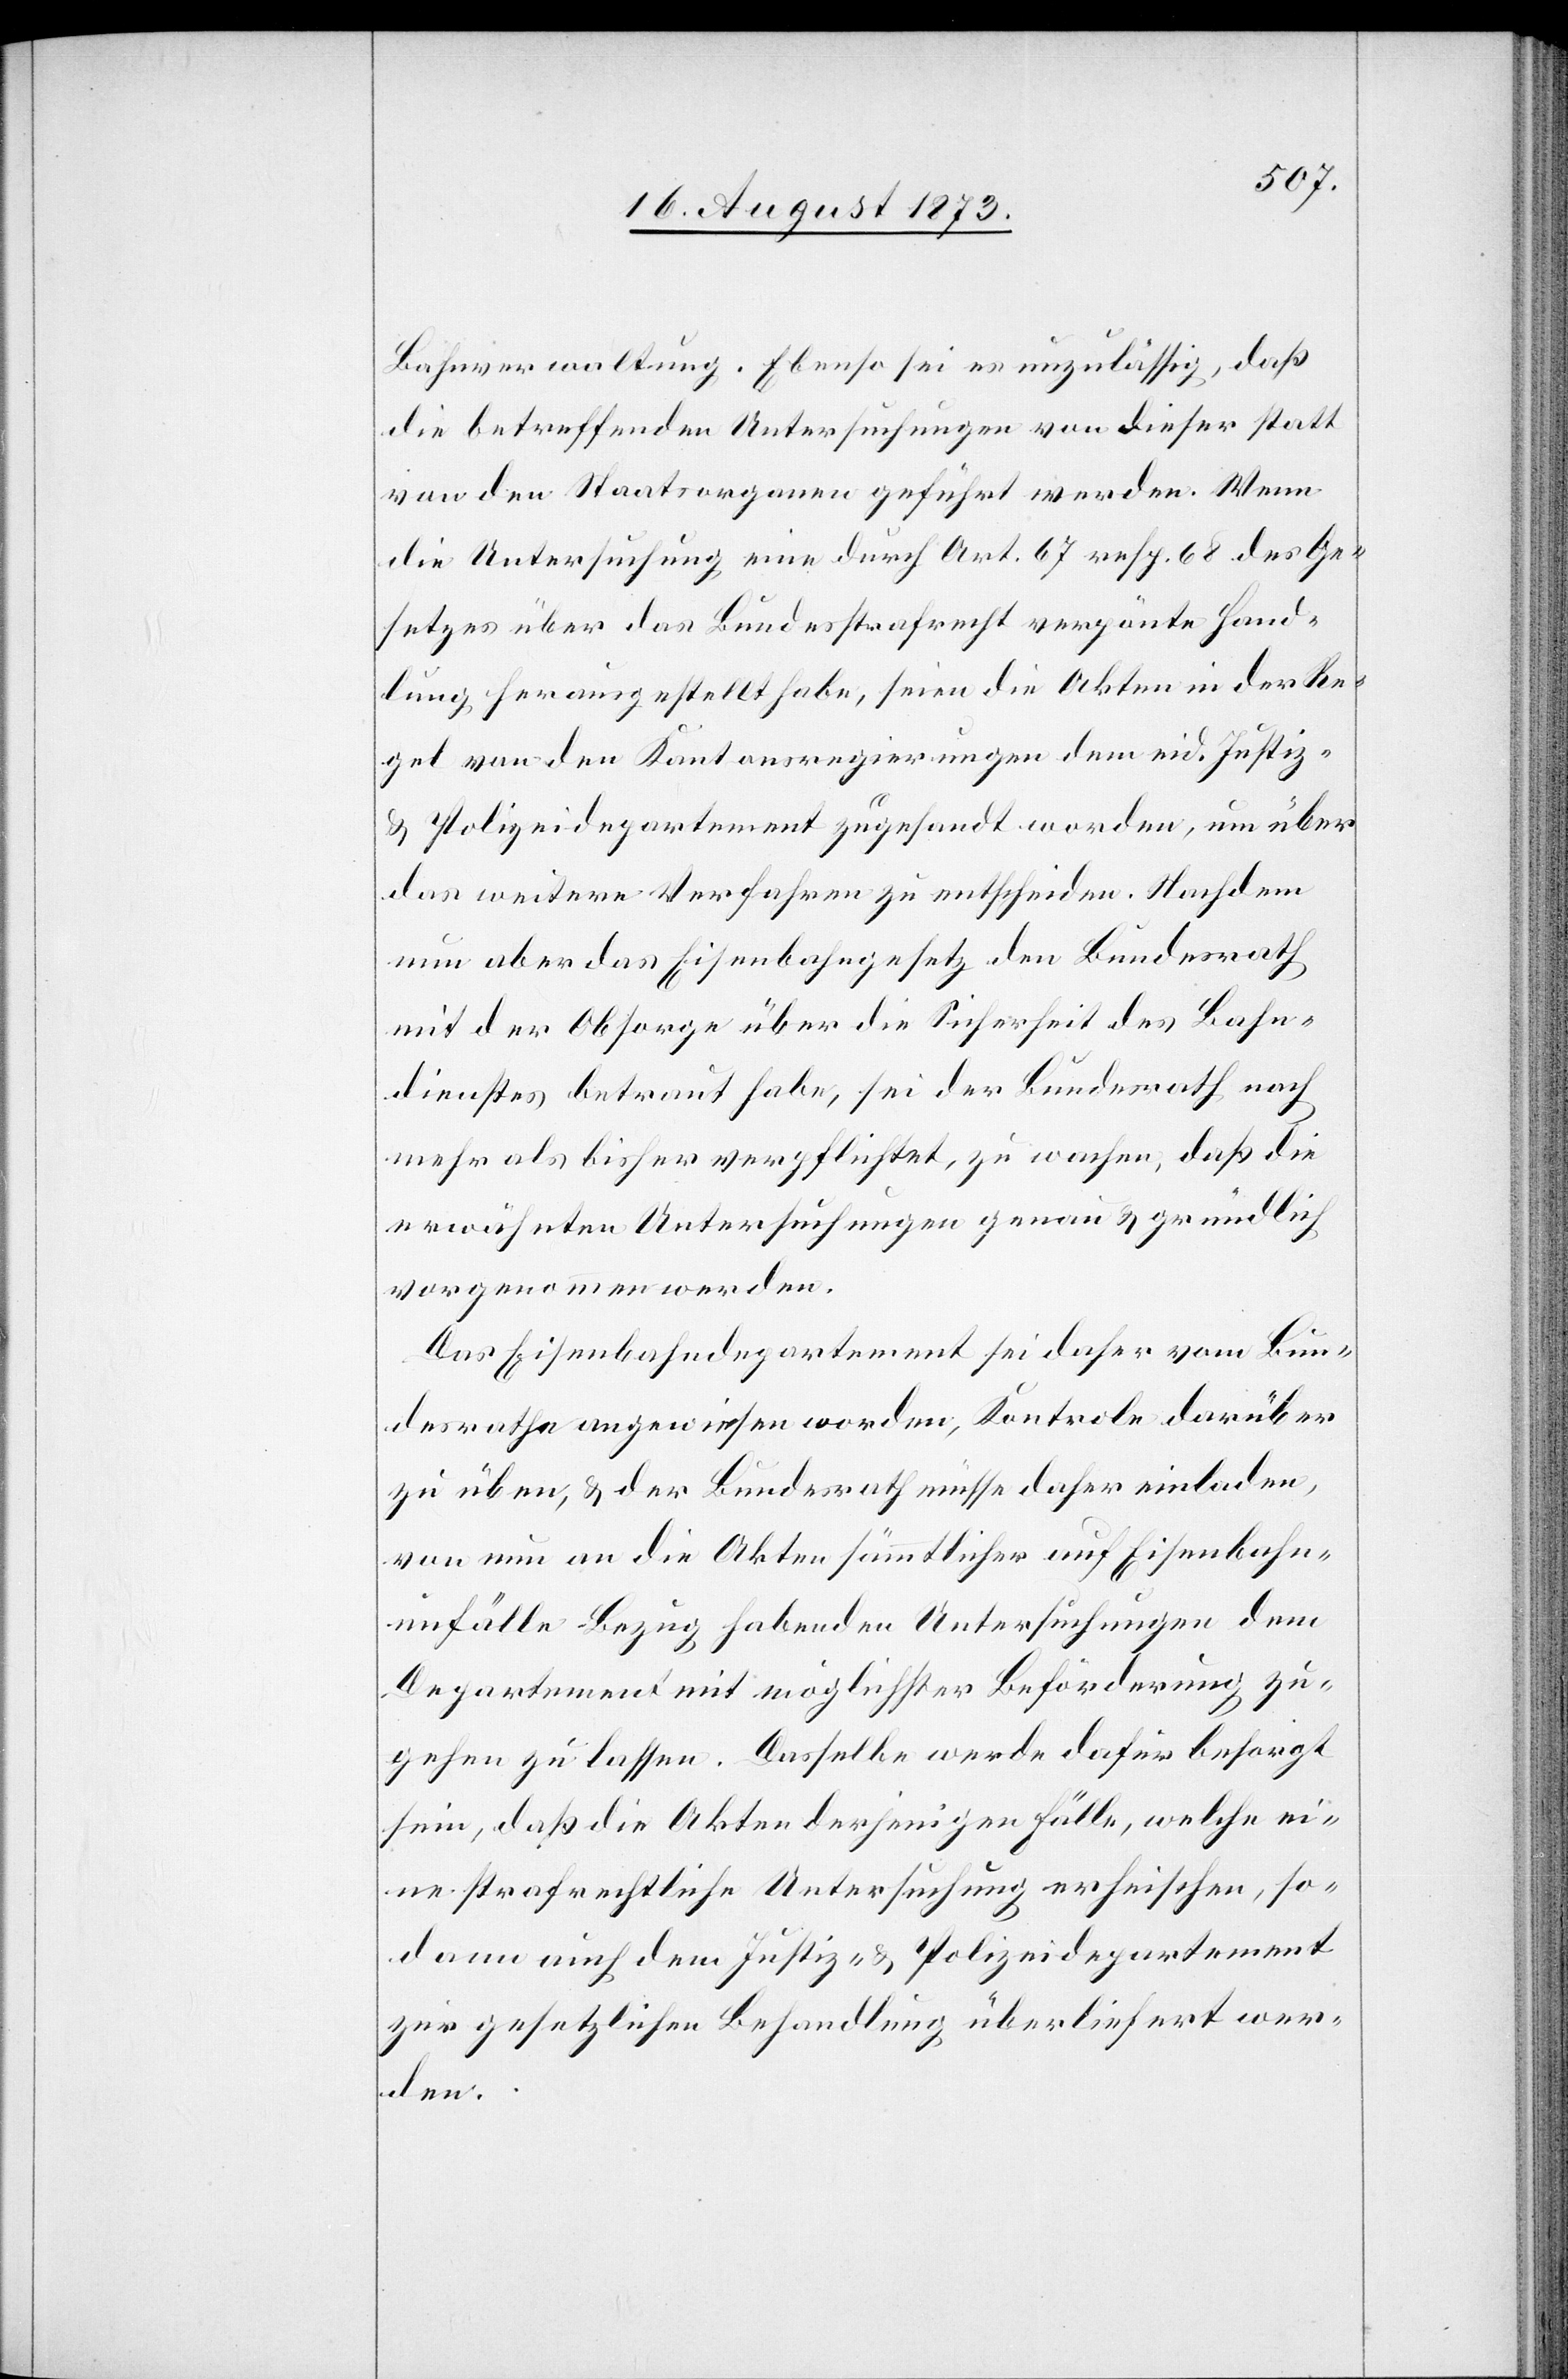
Bahnverwaltung. Ebenso sei es unzulässig, daß
die betreffenden Untersuchungen von dieser statt
von den Staatsorganen geführt werden. Wenn
die Untersuchung eine durch Art. 67 resp. 68 des Ge¬
setzes über das Bundesstrafrecht verpönte Hand¬
lung herausgestellt habe, seien die Akten in der Re¬
gel von den Kantonsregierungen dem eid. Justiz-
& Polizeidepartement zugesandt worden, um über
das weitere Verfahren zu entscheiden. Nachdem
nun aber das Eisenbahngesetz den Bundesrath
mit der Obsorge über die Sicherheit des Bahn¬
dienstes betraut habe, sei der Bundesrath nach
mehr als bisher verpflichtet, zu wachen, daß die
erwähnten Untersuchungen genau & gründlich
vorgenommen werden.
Das Eisenbahndepartement sei daher vom Bun¬
desrathe angewiesen worden, Kontrole darüber
zu üben, & der Bundesrath müsse daher einladen,
von nun an die Akten sämmtlicher auf Eisenbahn¬
unfälle Bezug habenden Untersuchungen dem
Departement mit möglichster Beförderung zu¬
gehen zu lassen. Dasselbe werde dafür besorgt
sein, daß die Akten derjenigen Fälle, welche ei¬
ne strafrechtliche Untersuchung erheischen, so¬
dann auch dem Justiz- & Polizeidepartement
zur gesetzlichen Behandlung überliefert wer¬
den.